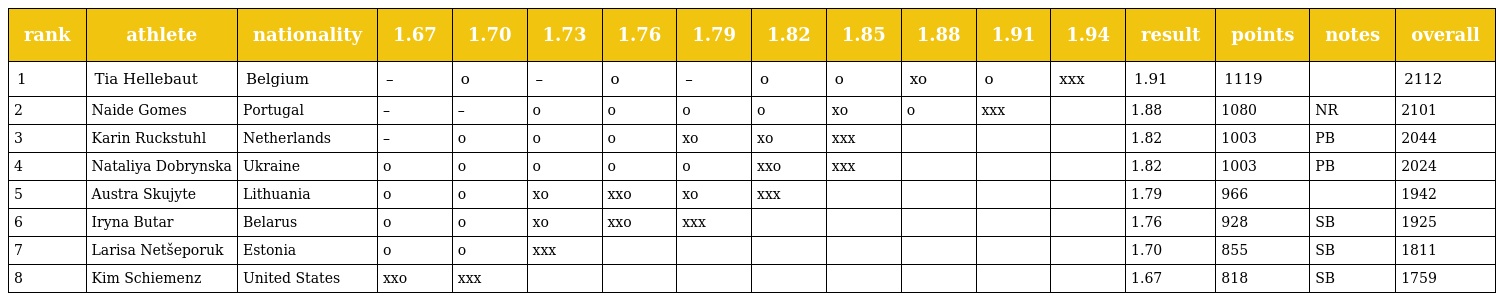
| rank | athlete | nationality | 1.67 | 1.70 | 1.73 | 1.76 | 1.79 | 1.82 | 1.85 | 1.88 | 1.91 | 1.94 | result | points | notes | overall |
 | --- | --- | --- | --- | --- | --- | --- | --- | --- | --- | --- | --- | --- | --- | --- | --- | --- |
 | 1 | Tia Hellebaut | Belgium | – | o | – | o | – | o | o | xo | o | xxx | 1.91 | 1119 |  | 2112 |
 | 2 | Naide Gomes | Portugal | – | – | o | o | o | o | xo | o | xxx |  | 1.88 | 1080 | NR | 2101 |
 | 3 | Karin Ruckstuhl | Netherlands | – | o | o | o | xo | xo | xxx |  |  |  | 1.82 | 1003 | PB | 2044 |
 | 4 | Nataliya Dobrynska | Ukraine | o | o | o | o | o | xxo | xxx |  |  |  | 1.82 | 1003 | PB | 2024 |
 | 5 | Austra Skujyte | Lithuania | o | o | xo | xxo | xo | xxx |  |  |  |  | 1.79 | 966 |  | 1942 |
 | 6 | Iryna Butar | Belarus | o | o | xo | xxo | xxx |  |  |  |  |  | 1.76 | 928 | SB | 1925 |
 | 7 | Larisa Netšeporuk | Estonia | o | o | xxx |  |  |  |  |  |  |  | 1.70 | 855 | SB | 1811 |
 | 8 | Kim Schiemenz | United States | xxo | xxx |  |  |  |  |  |  |  |  | 1.67 | 818 | SB | 1759 |